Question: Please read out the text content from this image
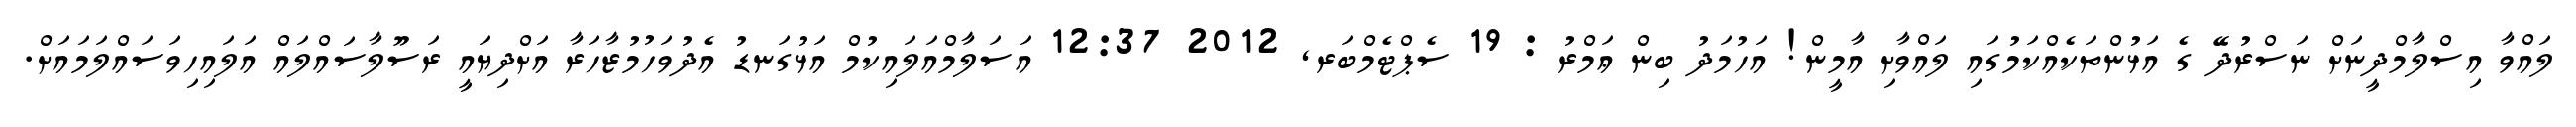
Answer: ލައްވާ އިސްލާމްދީނަށް ނަސްރުދޭ ގެ އަޅުންތަކެއްކަމުގައި ލައްވާށި އާމީން! އަހުމަދު ބިން ޢަމްރު : 19 ސެޕްޓެމްބަރ, 2012 12:37 އަސަލާމްއަލައިކުމް އަޅުގަނޑު އެދުވަހުމުޒާހަރާ އަށްދިޔައީ ރަސޫލާސައްލައް އަލައިހިވަސައްލަމައަށް.